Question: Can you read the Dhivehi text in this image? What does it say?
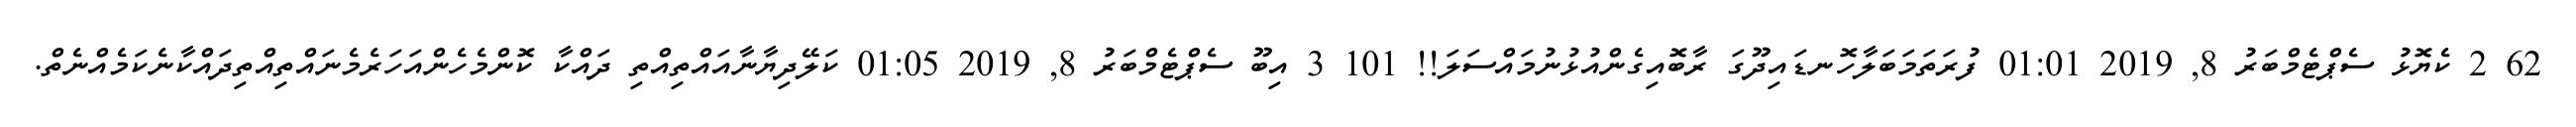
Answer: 62 2 ކެޔޮޅު ސެޕްޓެމްބަރު 8, 2019 01:01 ފުރަތަމަބަލާހޮނޑައިދޫގަ ރާބޮއިގެންއުޅުނުމައްސަލަ!! 101 3 އިބޫ ސެޕްޓެމްބަރު 8, 2019 01:05 ކަލޭދިޔާނާއައްތިއްތި ދައްކާ ކޮންމެހެންއަހަރެމެނައްތިއްތިދައްކާނެކަމެއްނެތް.